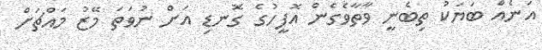
އަނެއް ބަޔަކު ތިބެނީ ވާތާވެގެން އޮފީހުގެ ގޮނޑި އަށް ނުވަތަ މޭޒު މައްޗަށް